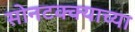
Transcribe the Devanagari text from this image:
सोनटक्क्याच्या